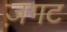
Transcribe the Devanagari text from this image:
ज़गट